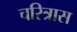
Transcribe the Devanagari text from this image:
चरित्रास